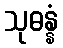
သုဓန္နံ